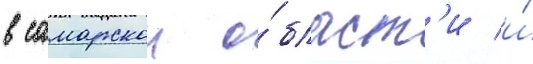
в самарскои о́бласт'и и́